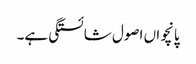
پانچواں اصول شائستگی ہے۔